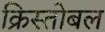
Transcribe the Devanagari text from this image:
क्रिस्तोबल